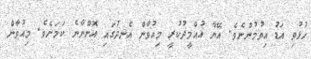
ހުޅުވި އަޑު އިވުމުންނެވެ. އޭނާ އުއްމީދުކުރީ މިއުވާން އެނދުގައި އޮންނާނެ ކަމަށެވެ. މިއުވާން